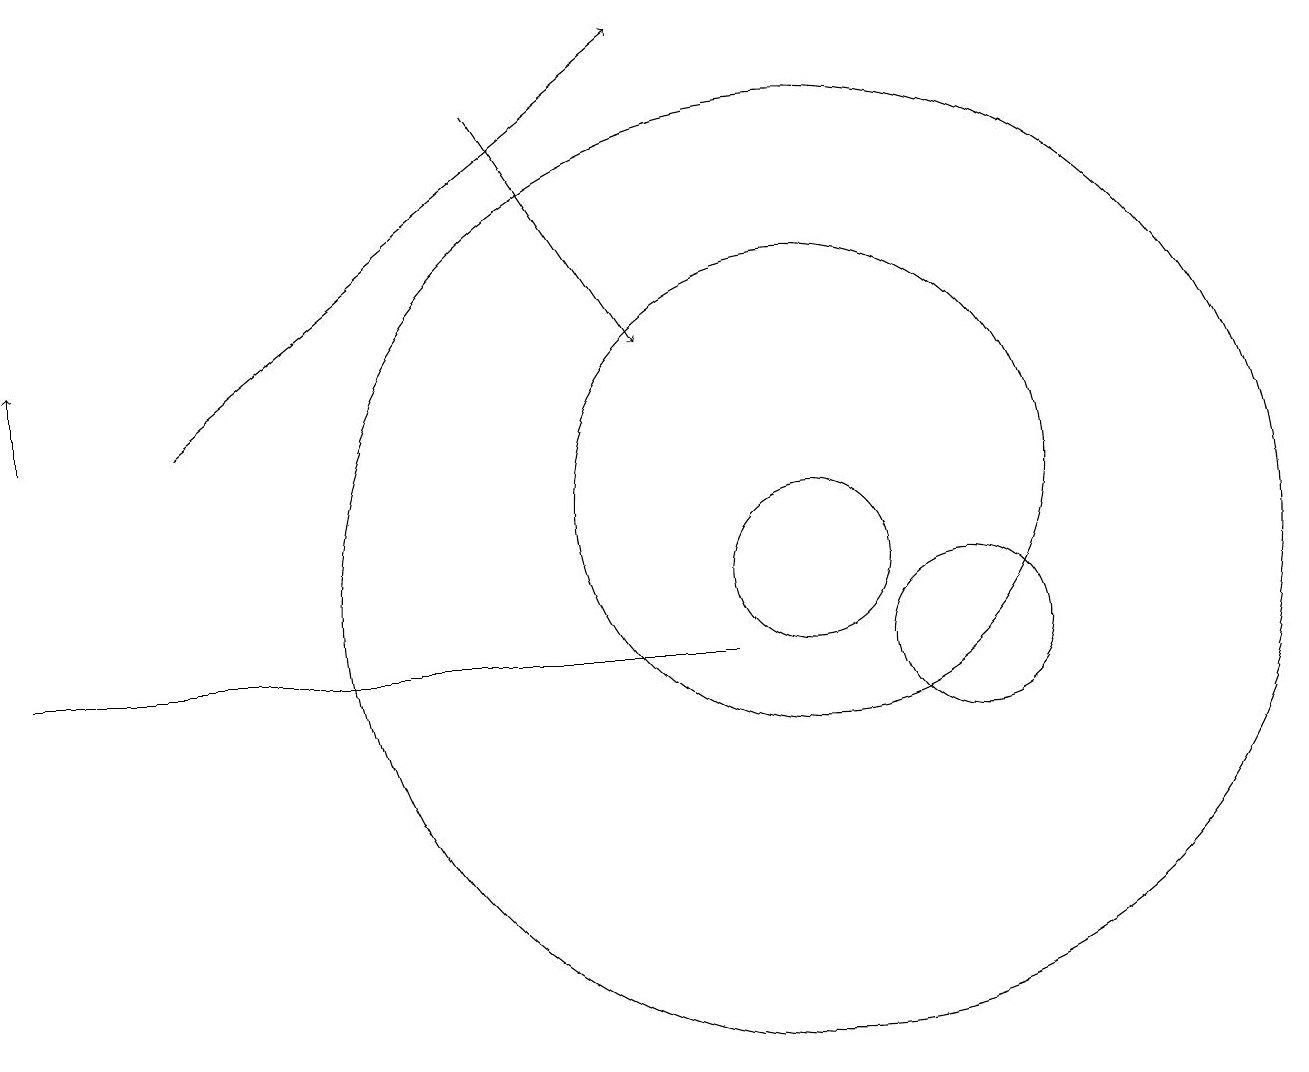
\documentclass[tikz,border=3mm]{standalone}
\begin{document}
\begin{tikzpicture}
\draw (12,10) circle (1);
\draw[->] (2,13) -- (8,18);
\draw[->] (0,13) -- (0,14);
\draw (10,11) circle (1);
\draw (10,11) circle (6);
\draw (10,12) circle (3);
\draw (9,10) rectangle (0,10);
\draw[->] (6,17) -- (8,14);
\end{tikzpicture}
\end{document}